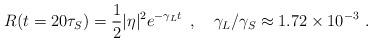
LaTeX: \begin{align*}R(t=20\tau_S)={1\over2}|\eta|^2e^{-\gamma_Lt}\enspace,\quad\gamma_L/\gamma_S\approx1.72\times10^{-3}\ .\end{align*}